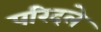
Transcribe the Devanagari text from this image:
परिदले